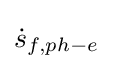
\textstyle {\dot {s}}_{f,ph-e}\